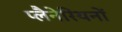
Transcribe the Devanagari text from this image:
प्लैनेरियनों